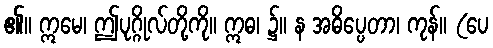
၏။ ဣမေ၊ ဤပုဂ္ဂိုလ်တို့ကို။ ဣဓ၊ ၌။ န အဓိပ္ပေတာ၊ ကုန်။ (ပေ